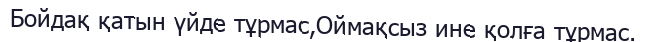
Бойдақ қатын үйде тұрмас,Оймақсыз ине қолға тұрмас.